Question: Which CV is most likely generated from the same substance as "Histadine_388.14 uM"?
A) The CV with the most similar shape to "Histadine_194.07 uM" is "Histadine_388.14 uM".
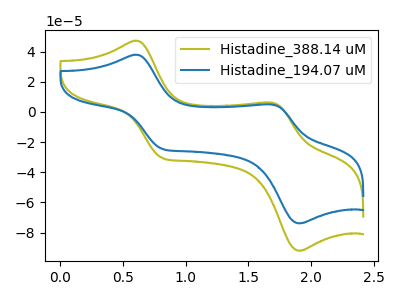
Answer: <think>The olive curve "Histadine_388.14 uM" has anodic peaks at (0.60V, 47.25uA) (1.70V, 6.15uA) and cathodic peaks at (0.80V, -30.50uA) (1.90V, -92.05uA). The blue curve "Histadine_194.07 uM" has anodic peaks at (0.60V, 37.95uA) (1.70V, 4.95uA) and cathodic peaks at (0.80V, -24.50uA) (1.90V, -73.90uA).
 All the peaks in "Histadine_388.14 uM" have a peak in "Histadine_194.07 uM" at the same potential. Every peak in "Histadine_388.14 uM" is higher than every peak in "Histadine_194.07 uM".</think>
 <answer>A) The CV with the most similar shape to "Histadine_194.07 uM" is "Histadine_388.14 uM".</answer>
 <eval>A</eval>